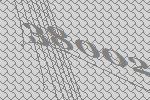
38002